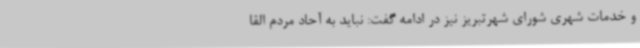
و خدمات شهری شورای شهرتبریز نیز در ادامه گفت: نباید به آحاد مردم القا